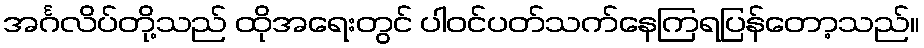
အင်္ဂလိပ်တို့သည် ထိုအရေးတွင် ပါဝင်ပတ်သက်နေကြရပြန်တော့သည်။